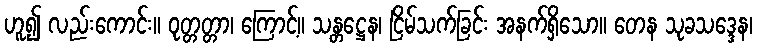
ဟူ၍ လည်းကောင်း။ ဝုတ္တတ္တာ၊ ကြောင့်။ သန္တဋ္ဌေန၊ ငြိမ်သက်ခြင်း အနက်ရှိသော။ တေန သုခသဒ္ဒေန၊